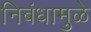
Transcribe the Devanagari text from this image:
निबंधामुळे